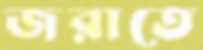
জরাতে